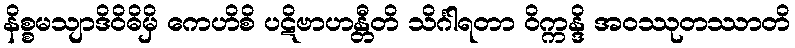
နိစ္စမသျာဒိဝိဓိမှိ ကေဟိစိ ပဋိဗာဟန္တီတိ သိင်္ဂါရတာ ဝိက္ကန္ဒိ အဝဿုတဿာတိ